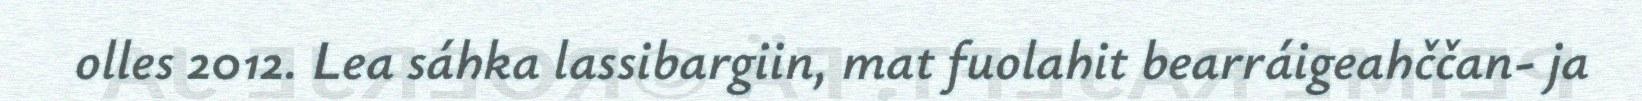
olles 2012. Lea sáhka lassibargiin, mat fuolahit bearráigeahččan- ja